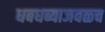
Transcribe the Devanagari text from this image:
धबधब्याजवळच